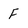
Character: F